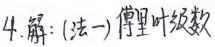
4. 解: (法一) 傅里叶级数